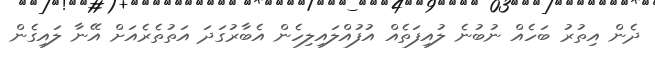
ދެން އިތުރު ބަހެއް ނުބުނެ ލުއިފަތެއް އުފުއްލައިލިހެން އެބާރުގަދަ އަތުތެރެއަށް އޭނާ ލައިގެން